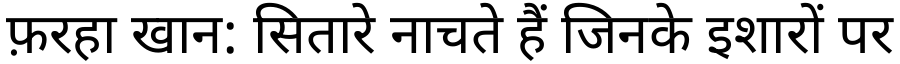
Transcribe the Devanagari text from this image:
फ़रहा खान: सितारे नाचते हैं जिनके इशारों पर